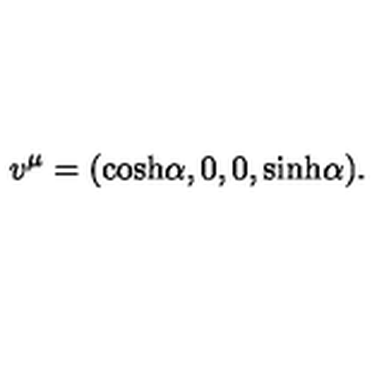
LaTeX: v ^ { \mu } = ( { \cosh } \alpha , 0 , 0 , { \sinh } \alpha ) .